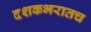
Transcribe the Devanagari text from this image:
दशकभरातच